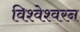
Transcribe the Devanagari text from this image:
विश्वेश्वरन